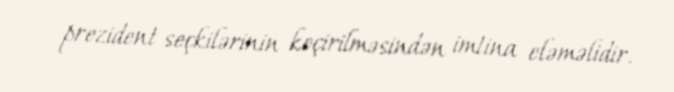
prezident seçkilərinin keçirilməsindən imtina eləməlidir.